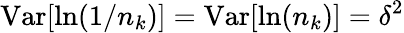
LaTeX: \mathrm{Var}[\ln(1/n_{k})]=\mathrm{Var}[\ln(n_{k})]=\delta^{2}